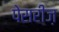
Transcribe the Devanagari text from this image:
पेसरीज़